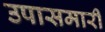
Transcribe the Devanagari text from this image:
उपासमारी